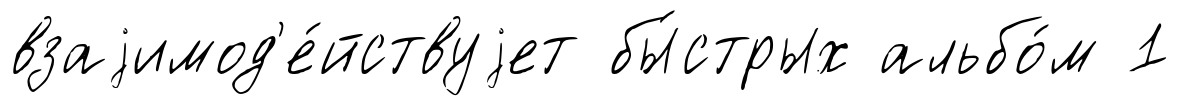
взаjимод'е́йствуjет бы́стрых альбо́м 1